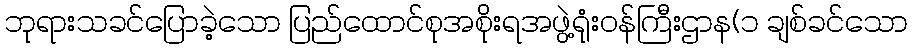
ဘုရားသခင်ပြောခဲ့သော ပြည်ထောင်စုအစိုးရအဖွဲ့ရုံးဝန်ကြီးဌာန(၁ ချစ်ခင်သော